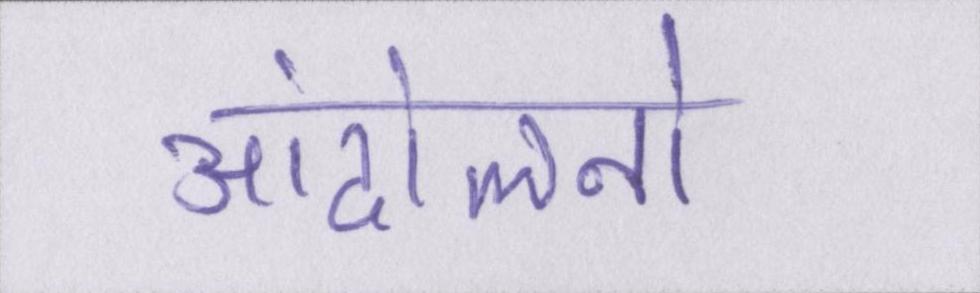
आंदोलनों